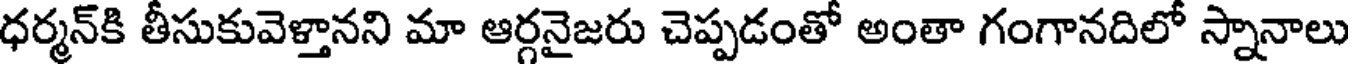
ధర్మన్కి తీసుకువెళ్తానని మా ఆర్గనైజరు చెప్పడంతో అంతా గంగానదిలో స్నానాలు